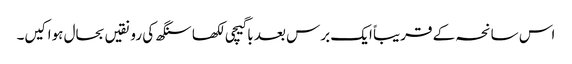
اس سانحہ کے قریباً ایک برس بعد باگیچی لکھا سنگھ کی رونقیں بحال ہوا کیں۔